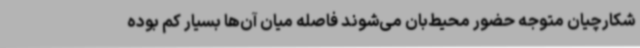
شکارچیان متوجه حضور محیط‌بان می‌شوند فاصله میان آن‌ها بسیار کم بوده